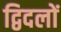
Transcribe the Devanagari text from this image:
द्विदलों